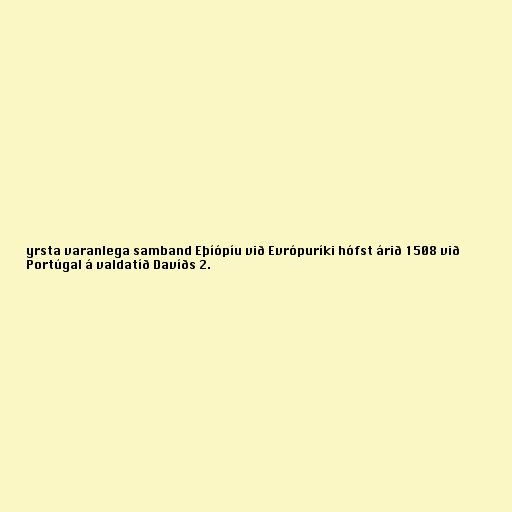
yrsta varanlega samband Eþíópíu við Evrópuríki hófst árið 1508 við
Portúgal á valdatíð Davíðs 2.